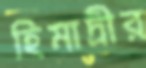
হিমাদ্রীর